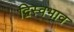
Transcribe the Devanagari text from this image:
द्विस्‍वभाव